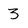
Character: 3